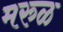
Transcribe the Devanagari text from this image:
मरुळ